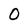
Character: 0